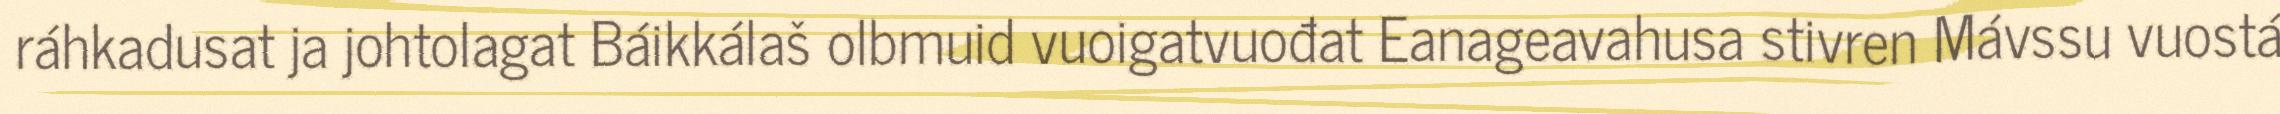
ráhkadusat ja johtolagat Báikkálaš olbmuid vuoigatvuođat Eanageavahusa stivren Mávssu vuostá